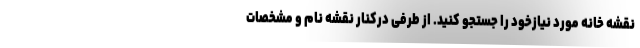
نقشه خانه مورد نیازخود را جستجو کنید. از طرفی درکنار نقشه نام و مشخصات